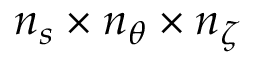
{ n _ { s } } \times { n _ { \theta } } \times { n _ { \zeta } }